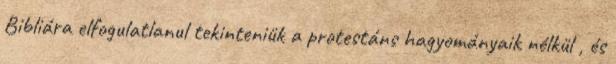
Bibliára elfogulatlanul tekinteniük a protestáns hagyományaik nélkül , és